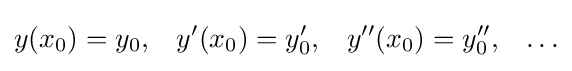
{\begin{aligned}y(x_{0})&=y_{0},&y'(x_{0})&=y'_{0},&y''(x_{0})&=y''_{0},&\ldots \end{aligned}}